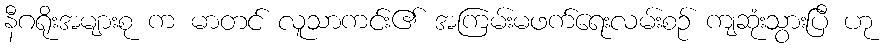
နီဂရိုးအများစု က မာတင် လူသာကင်း၏ အကြမ်းမဖက်ရေးလမ်းစဉ် ကျဆုံးသွားပြီ ဟု